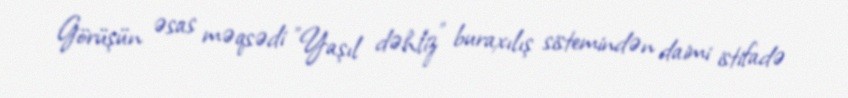
Görüşün əsas məqsədi "Yaşıl dəhliz" buraxılış sistemindən daimi istifadə